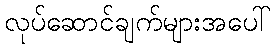
လုပ်ဆောင်ချက်များအပေါ်